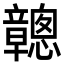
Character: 𥫑